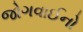
જોગવાઈનો